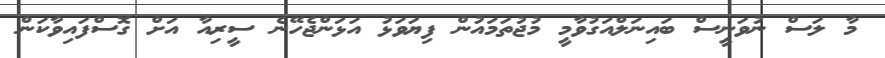
މާ ލަސް ނުވަނީސް ބައިނަލްއަގުވާމީ މުޖުތަމައުން ފިޔަވަޅު އަޅަންޖެހޭނެ ސީރިއާ އަށް ގޮސްފައިވާކަން